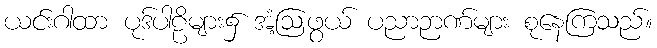
ယင်းဂါထာ ပုဒ်ပါဠိများ၌ အံ့ဩဖွယ် ပညာဉာဏ်များ စုနေကြသည်။